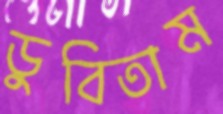
ডুবিতাম